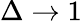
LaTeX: \Delta\rightarrow 1